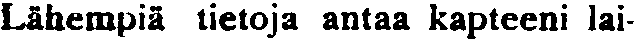
Lähempiä tietoja antaa kapteeni lai-